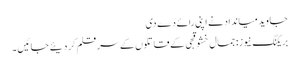
جاوید میانداد نے اپنی رائے دے دی
بریکنگ نیوز: جمال خشوقجی کے قاتلوں کے سر قلم کر دیئے جائیں ۔